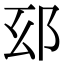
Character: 𨚏